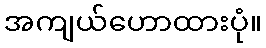
အကျယ်ဟောထားပုံ။